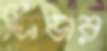
ফিডার